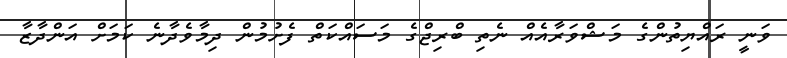
ވަނީ ރައްޔިތުންގެ މަޝްވަރާއެެއް ނެތި ބްރިޖްގެ މަސައްކަތް ފެށުމުން ދިމާވެދާނެ ކަމަށް އަންދާޒާ